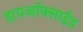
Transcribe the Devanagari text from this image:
डायअाॅक्साईड